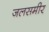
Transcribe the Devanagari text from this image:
जलसमीर